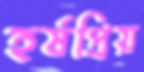
হর্ষপ্রিয়